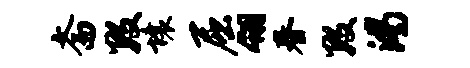
斋数壤屈翎春数渴